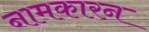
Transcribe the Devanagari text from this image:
नामकारन